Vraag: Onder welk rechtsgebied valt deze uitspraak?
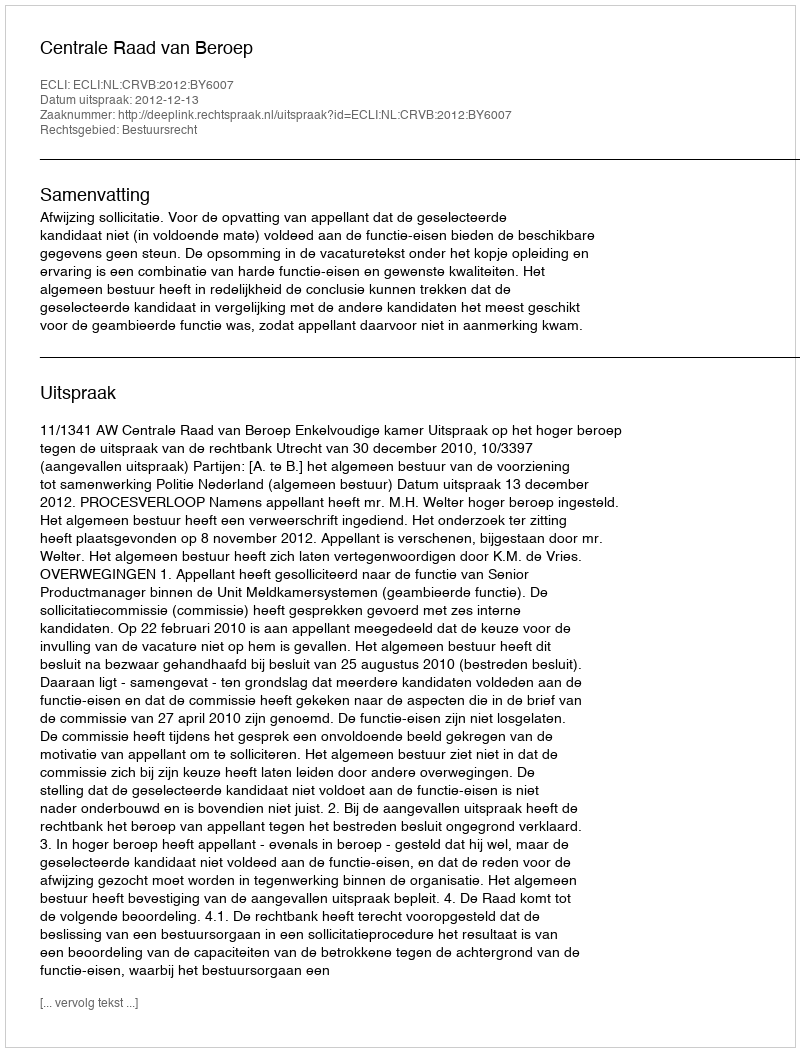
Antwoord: Bestuursrecht